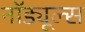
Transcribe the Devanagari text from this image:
नॉड्यूल्स